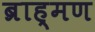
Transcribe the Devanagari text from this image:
ब्राह्‌मण